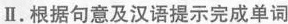
Ⅱ.根据句意及汉语提示完成单词